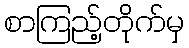
စာကြည့်တိုက်မှ